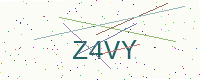
Text: Z4VY